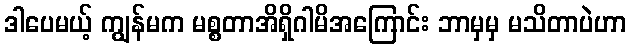
ဒါပေမယ့် ကျွန်မက မစ္စတာအိရှိဂါမိအကြောင်း ဘာမှမှ မသိတာပဲဟာ